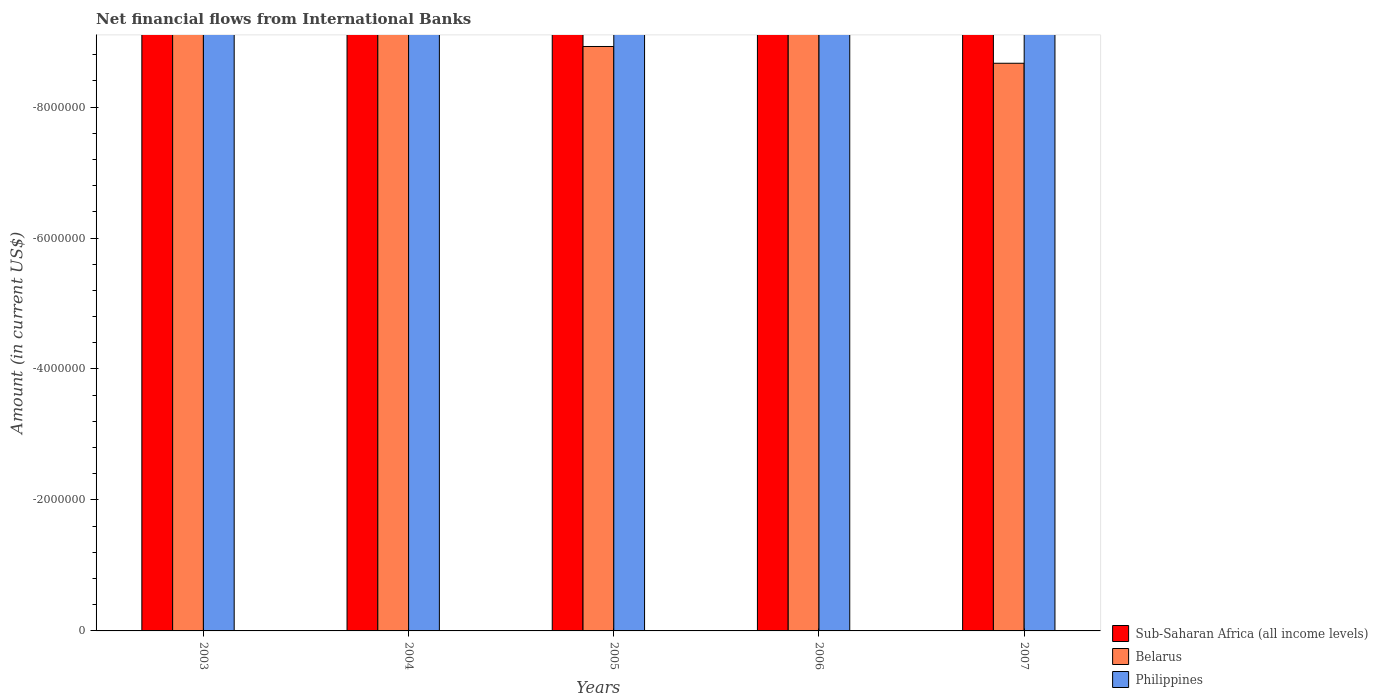
| Years | Sub-Saharan Africa (all income levels) | Belarus | Philippines |
 | --- | --- | --- | --- |
 | 2003 | -3.2e+08 | -1.43e+07 | -1.37e+08 |
 | 2004 | -3.05e+08 | -1.35e+07 | -2.26e+08 |
 | 2005 | -2.73e+08 | -8.92e+06 | -2.47e+08 |
 | 2006 | -2.83e+08 | -1.03e+07 | -2.51e+08 |
 | 2007 | -3.76e+08 | -8.67e+06 | -3.09e+07 |